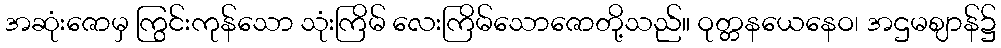
အဆုံးဇောမှ ကြွင်းကုန်သော သုံးကြိမ် လေးကြိမ်သောဇောတို့သည်။ ဝုတ္တနယေနေဝ၊ အဌမဈာန်၌